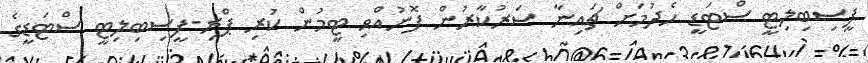
ފީސިބިލިޓީ ސްޓަޑީ ހެދުމަށް ޗައިނާ ސަރުކާރުން ފޮނުއްވި ޓީމުން ކުރި ޕްރި-ފީސިބިލިޓީ ސްޓަޑީގެ